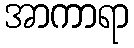
အာကာရာ